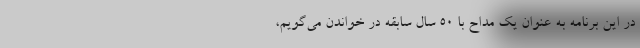
در این برنامه به عنوان یک مداح با ۵۰ سال سابقه در خواندن می‌گویم،